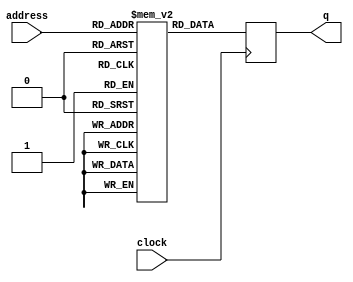
module IRAM (
input wire [7:0] address,
input clock,
output reg [15:0] q);

reg [15:0] IRAM [4095:0];

initial begin
    IRAM[0] = 16'b1100000011111111;
IRAM[1] = 16'b0011000100000010;
IRAM[2] = 16'b1001101000000000;
IRAM[3] = 16'b1001110000000000;
IRAM[4] = 16'b1001100100000000;
IRAM[5] = 16'b1001101100000000;
IRAM[6] = 16'b0001001000000000;
IRAM[7] = 16'b0011010100000110;
IRAM[8] = 16'b1010101000000000;
IRAM[9] = 16'b0001001000000000;
IRAM[10] = 16'b0011010100000110;
IRAM[11] = 16'b1010101000000000;
IRAM[12] = 16'b0001001000000000;
IRAM[13] = 16'b0011010100000110;
IRAM[14] = 16'b0011011100000001;
IRAM[15] = 16'b0111001000000000;
IRAM[16] = 16'b0101100000000000;
IRAM[17] = 16'b0101011000000000;
IRAM[18] = 16'b1000010000000000;
IRAM[19] = 16'b1010110000000000;
IRAM[20] = 16'b0011000100000101;
IRAM[21] = 16'b0010001000000000;
IRAM[22] = 16'b0011001000000001;
IRAM[23] = 16'b0110101000000000;
IRAM[24] = 16'b0100000100001010;
IRAM[25] = 16'b0000000000000000;
IRAM[26] = 16'b1001101000000000;
IRAM[27] = 16'b1001110000000000;
IRAM[28] = 16'b0011100100000001;
IRAM[29] = 16'b0110001000000000;
IRAM[30] = 16'b0100001000100011;
IRAM[31] = 16'b0000000000000000;
IRAM[32] = 16'b1010101100000000;
IRAM[33] = 16'b1010100100000000;
IRAM[34] = 16'b0100000000000101;
IRAM[35] = 16'b0000000000000000;
IRAM[36] = 16'b1001101000000000;
IRAM[37] = 16'b1001110000000000;
IRAM[38] = 16'b1001100100000000;
IRAM[39] = 16'b1001101100000000;
IRAM[40] = 16'b0001001000000000;
IRAM[41] = 16'b0011010100000110;
IRAM[42] = 16'b1010100100000000;
IRAM[43] = 16'b0001001000000000;
IRAM[44] = 16'b0011010100000110;
IRAM[45] = 16'b1010100100000000;
IRAM[46] = 16'b0001001000000000;
IRAM[47] = 16'b0011010100000110;
IRAM[48] = 16'b0011011100000001;
IRAM[49] = 16'b0111001000000000;
IRAM[50] = 16'b0101100000000000;
IRAM[51] = 16'b0101011000000000;
IRAM[52] = 16'b1000010000000000;
IRAM[53] = 16'b1010101100000000;
IRAM[54] = 16'b0011000100000101;
IRAM[55] = 16'b0010001000000000;
IRAM[56] = 16'b0011100100000001;
IRAM[57] = 16'b0110001000000000;
IRAM[58] = 16'b0100000100101100;
IRAM[59] = 16'b0000000000000000;
IRAM[60] = 16'b1001100100000000;
IRAM[61] = 16'b1001101100000000;
IRAM[62] = 16'b0011101000000001;
IRAM[63] = 16'b0110001000000000;
IRAM[64] = 16'b0100001001000101;
IRAM[65] = 16'b0000000000000000;
IRAM[66] = 16'b1010110000000000;
IRAM[67] = 16'b1010101000000000;
IRAM[68] = 16'b0100000000100111;
IRAM[69] = 16'b0000000000000000;
IRAM[70] = 16'b1001110000000000;
IRAM[71] = 16'b1001101100000000;
IRAM[72] = 16'b1001101000000000;
IRAM[73] = 16'b1001100100000000;
IRAM[74] = 16'b1100000000000010;
IRAM[75] = 16'b0011000100000011;
IRAM[76] = 16'b1100000011111110;
IRAM[77] = 16'b0011000100000010;
IRAM[78] = 16'b0001001000000000;
IRAM[79] = 16'b0010001000000000;
IRAM[80] = 16'b0011101000000001;
IRAM[81] = 16'b0110001000000000;
IRAM[82] = 16'b1010110000000000;
IRAM[83] = 16'b0100001001011000;
IRAM[84] = 16'b0000000000000000;
IRAM[85] = 16'b1010101000000000;
IRAM[86] = 16'b1010101000000000;
IRAM[87] = 16'b0100000001001101;
IRAM[88] = 16'b0000000000000000;
IRAM[89] = 16'b1001101000000000;
IRAM[90] = 16'b1001110000000000;
IRAM[91] = 16'b1010101100000000;
IRAM[92] = 16'b0011100100000001;
IRAM[93] = 16'b0110001000000000;
IRAM[94] = 16'b0100001001100011;
IRAM[95] = 16'b0000000000000000;
IRAM[96] = 16'b1010100100000000;
IRAM[97] = 16'b1010100100000000;
IRAM[98] = 16'b0100000001001101;
IRAM[99] = 16'b0000000000000000;
IRAM[100] = 16'b1111000000000000;
end
always @(posedge clock)
begin
	q <= IRAM[address];
end
endmodule